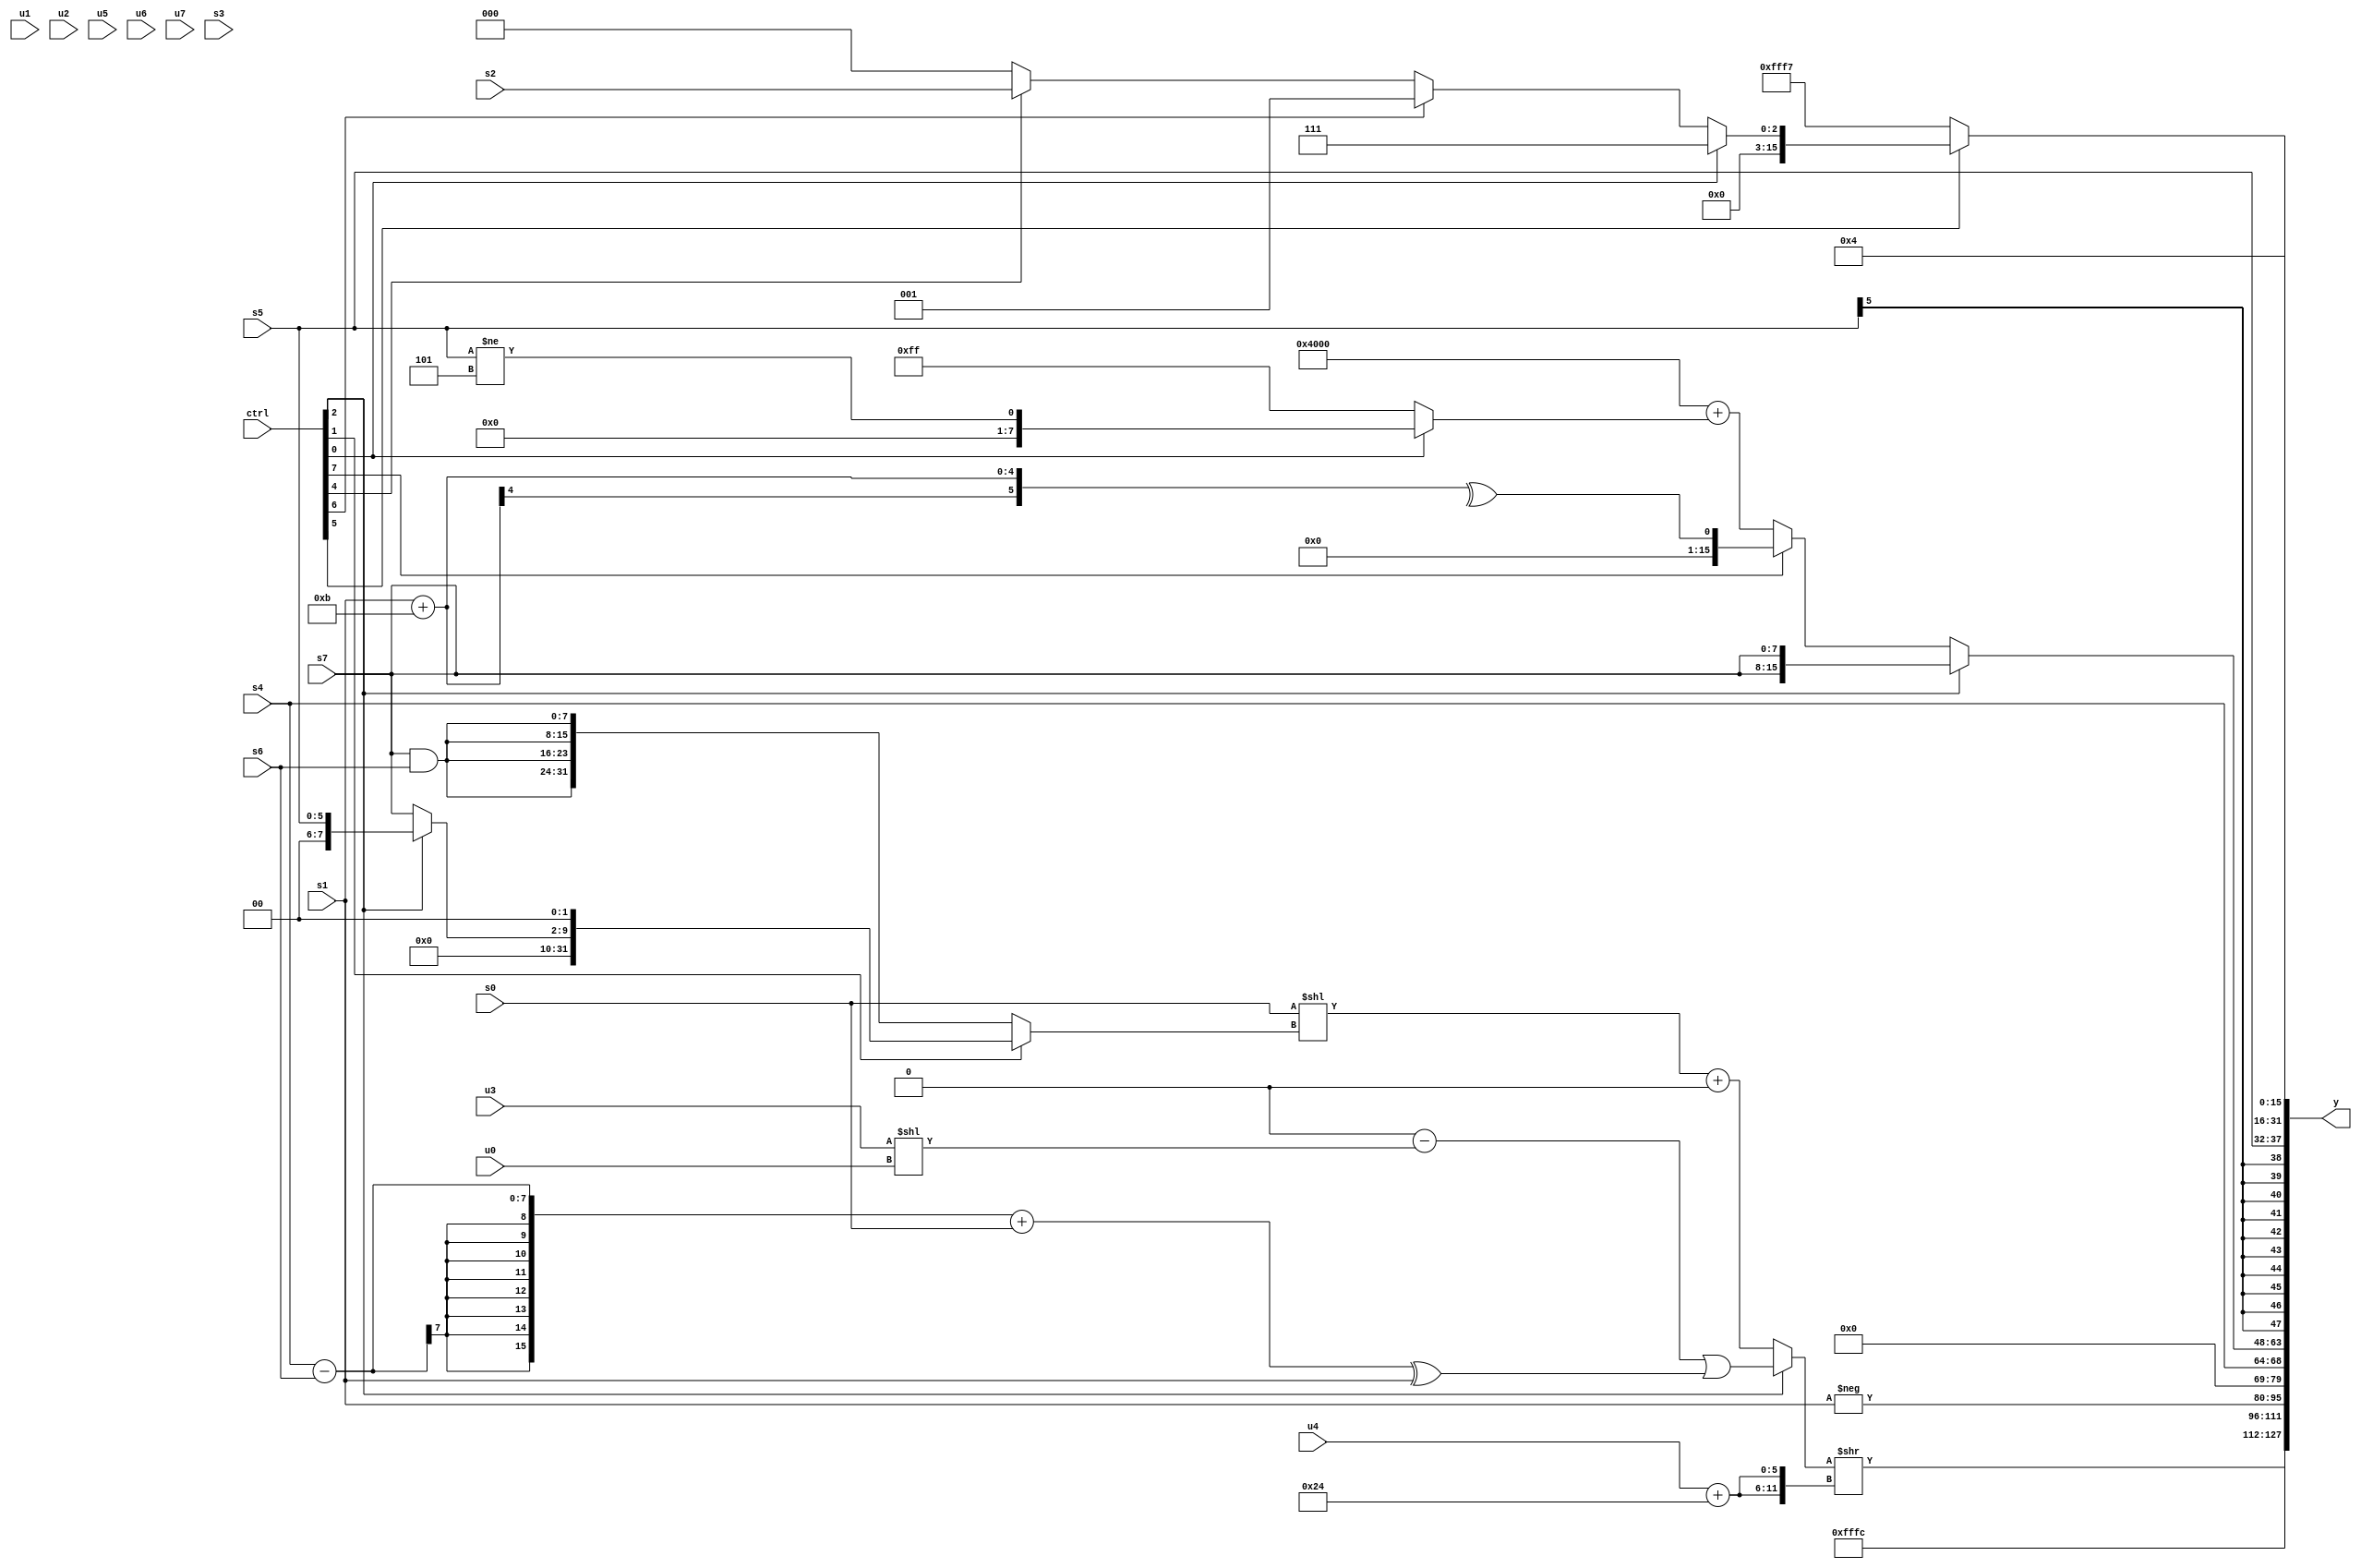
module wideexpr_00039(ctrl, u0, u1, u2, u3, u4, u5, u6, u7, s0, s1, s2, s3, s4, s5, s6, s7, y);
  input [7:0] ctrl;
  input [0:0] u0;
  input [1:0] u1;
  input [2:0] u2;
  input [3:0] u3;
  input [4:0] u4;
  input [5:0] u5;
  input [6:0] u6;
  input [7:0] u7;
  input signed [0:0] s0;
  input signed [1:0] s1;
  input signed [2:0] s2;
  input signed [3:0] s3;
  input signed [4:0] s4;
  input signed [5:0] s5;
  input signed [6:0] s6;
  input signed [7:0] s7;
  output [127:0] y;
  wire [15:0] y0;
  wire [15:0] y1;
  wire [15:0] y2;
  wire [15:0] y3;
  wire [15:0] y4;
  wire [15:0] y5;
  wire [15:0] y6;
  wire [15:0] y7;
  assign y = {y0,y1,y2,y3,y4,y5,y6,y7};
  assign y0 = (+(+((ctrl[2]?+(((-(1'sb0))-((+(u3))<<($signed(u0))))|((((s4)-(s6))+(+(s0)))^($signed(+(s1))))):((s0)<<((ctrl[1]?((ctrl[2]?s5:s7))<<(+(2'sb10)):{4{(s7)&(s6)}})))+(-(1'sb0))))))>>($signed({2{+((u4)+(6'b100100))}}));
  assign y1 = 5'sb11100;
  assign y2 = -(s1);
  assign y3 = $unsigned(s4);
  assign y4 = $signed((ctrl[2]?{4{s7}}:(ctrl[7]?^((s1)+((6'sb110001)+(6'sb001010))):(((5'b10110)&(4'sb1010))<<(6'b001101))+((ctrl[0]?(s5)!=(3'sb101):{4{2'sb11}})))));
  assign y5 = s5;
  assign y6 = 4'b0100;
  assign y7 = +((ctrl[5]?$signed((ctrl[0]?{{3'sb111}}:(ctrl[6]?(1'sb1)<<(1'sb0):(ctrl[4]?s2:4'sb0000)))):5'sb10111));
endmodule